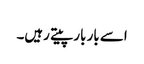
اسے بار بار پیتے رہیں۔